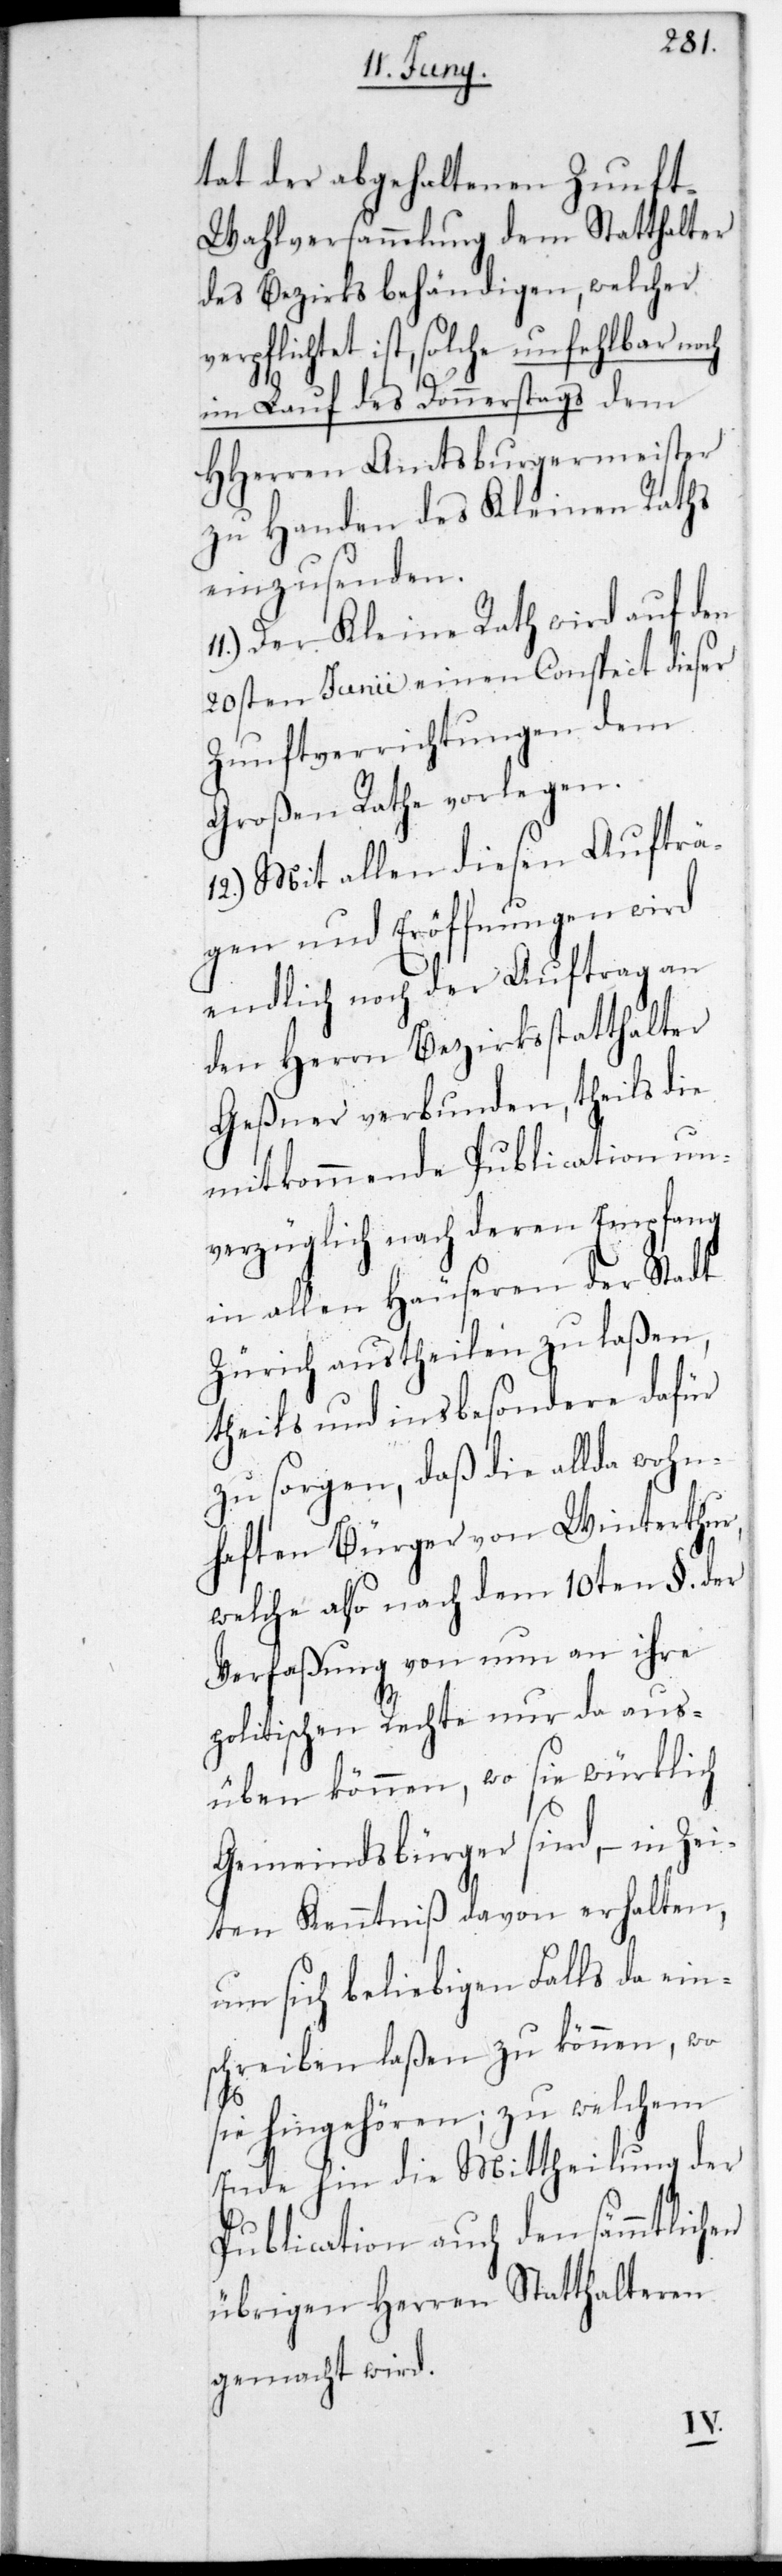
tat der abgehaltenen Zunf¬
t-Wahlversammlung dem Statthalter
des Bezirks behändigen, welcher
erpflichtet ist, solche unfehlbar noch
im Lauf des Donnerstags dem
HHerren Amtsburgermeister
zu Handen des Kleinen Raths
einzusenden.
Der Kleine Rath wird auf den
20sten Junii einen Conspect dieser
Zunftverrichtungen dem
Großen Rath vorlegen.
12.) Mit allen diesen Aufträ¬
gen und Eröffnungen wird
endlich noch der Auftrag an
den Herrn Bezirksstatthalter
Geßner verbunden, theils die
mitkommende Publication un¬
verzüglich nach deren Empfang
in allen Häuseren der Stadt
Zürich austheilen zu laßen,
theils und insbesondere dafür
zu sorgen, daß die allda wohn¬
haften Bürger von Winterthur,
welche also nach dem 10ten §. der
Verfaßung von nun an ihre
politischen Rechte nur da aus¬
üben können , wo sie würklich
Gemeindsbürger sind, – in Zei¬
ten Kenntniß davon erhalten,
um sich beliebigen Falls da ein¬
schreiben laßen zu können, wo
sie hingehören; zu welchem
Ende hin die Mittheilung der
Publication auch den sämmtlichen
übrigen Herren Statthalteren
gemacht wird.
v¬